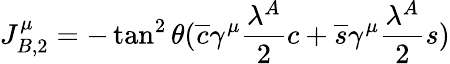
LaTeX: J_{B,2}^{\mu}=-\tan^{2}{\theta}(\overline{{{c}}}\gamma^{\mu}\frac{\lambda^{A}}{2}c+\overline{{{s}}}\gamma^{\mu}\frac{\lambda^{A}}{2}s)